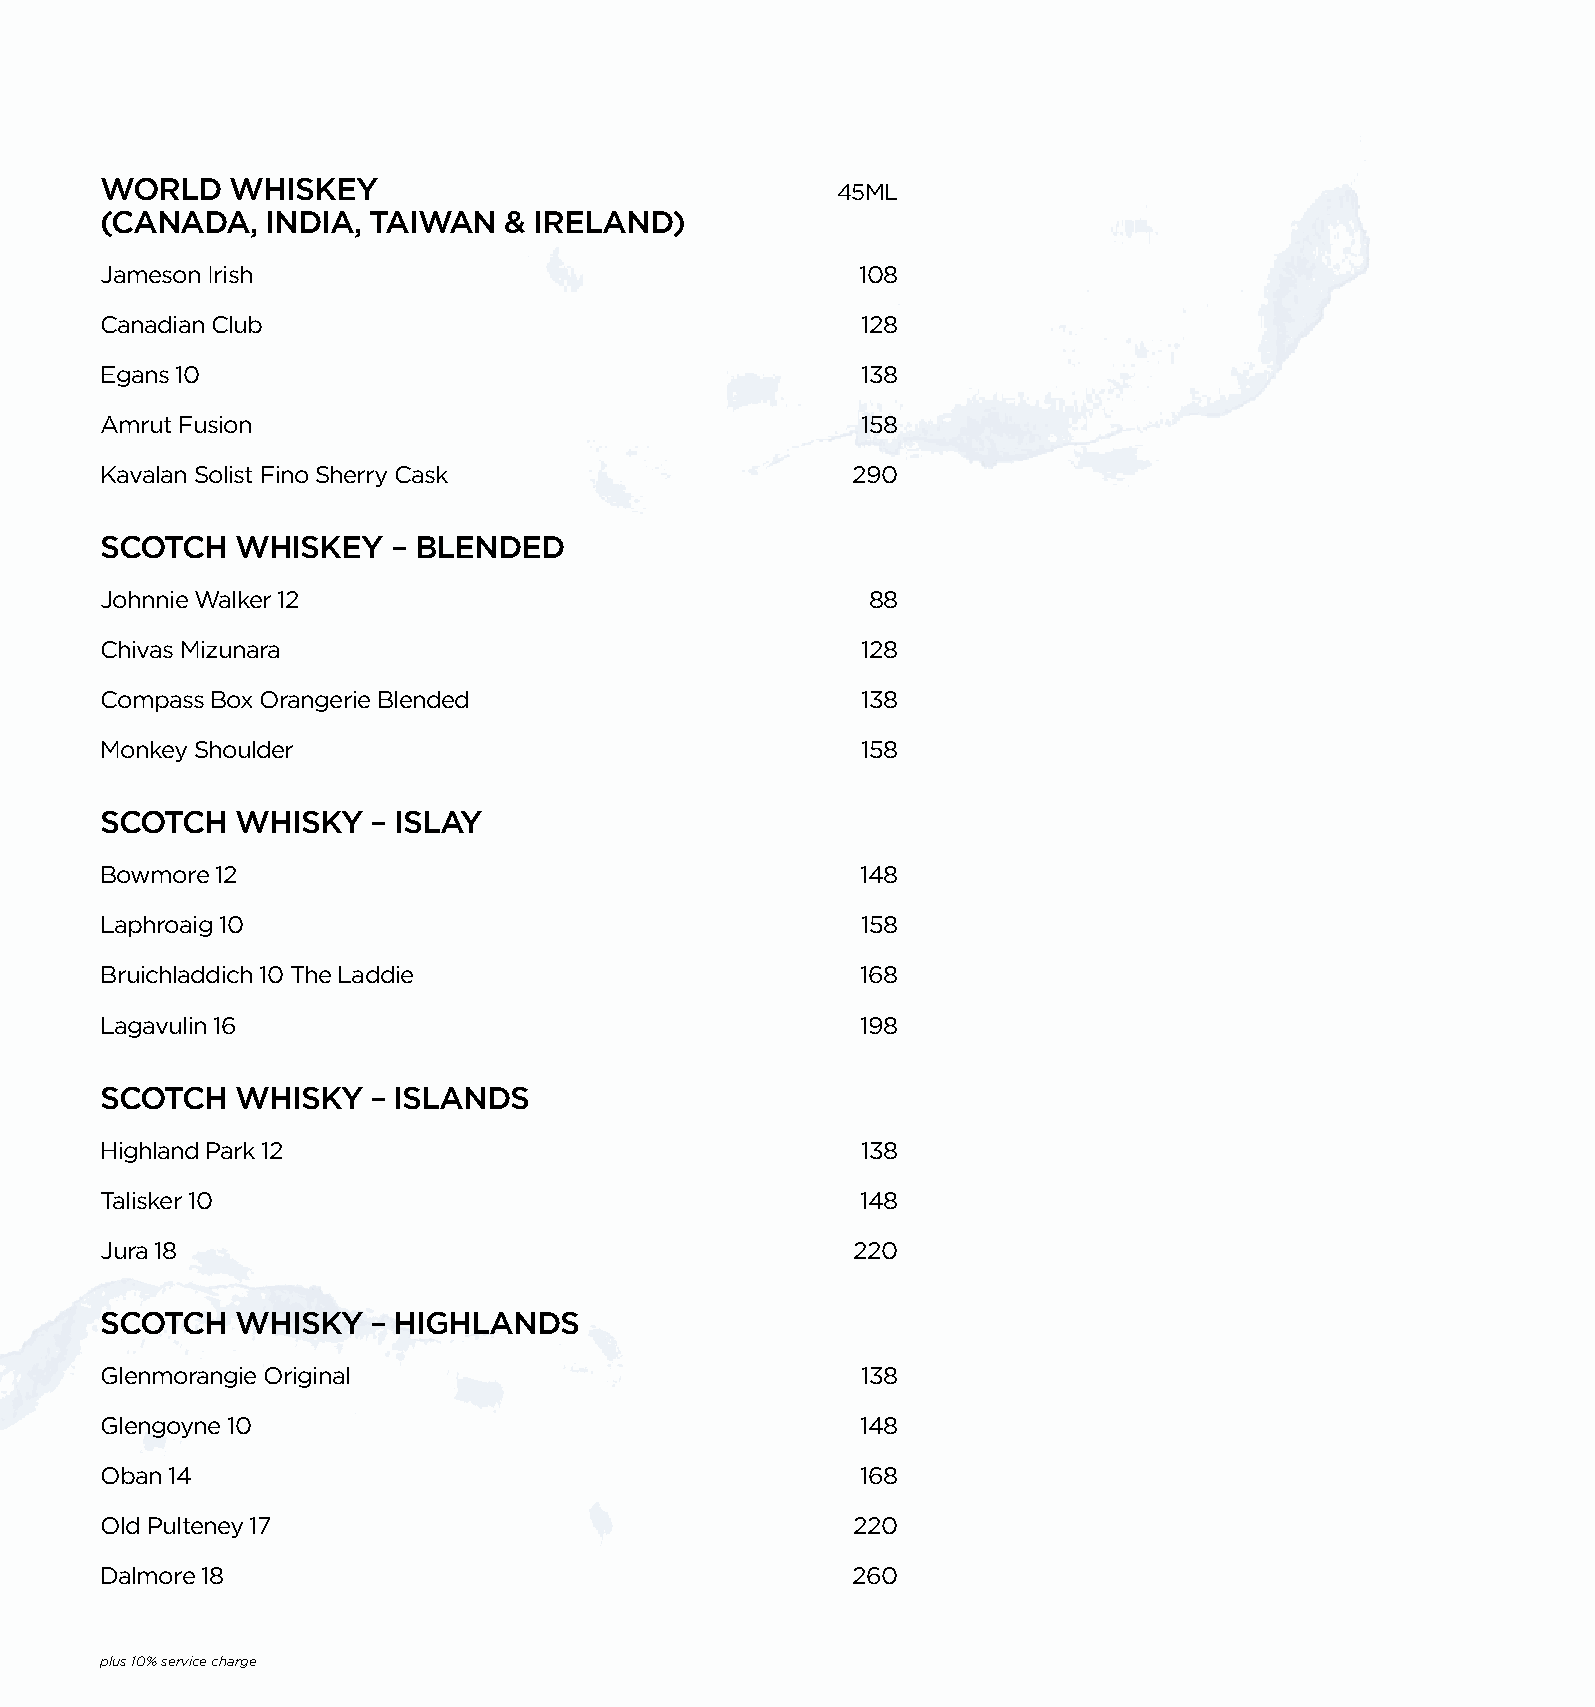
WORLD   WHISKEY
 45ML
 (CANADA,   INDIA, TAIWAN  & IRELAND)
 Jameson Irish                                     108
 Canadian Club                                     128
 Egans 10                                          138
 Amrut Fusion                                      158
 Kavalan Solist Fino Sherry Cask                  290
 SCOTCH   WHISKEY   – BLENDED
 Johnnie Walker 12                                 88
 Chivas Mizunara                                   128
 Compass Box Orangerie Blended                     138
 Monkey Shoulder                                   158
 SCOTCH   WHISKY  – ISLAY
 Bowmore 12                                        148
 Laphroaig 10                                      158
 Bruichladdich 10 The Laddie                       168
 Lagavulin 16                                      198
 SCOTCH   WHISKY  – ISLANDS
 Highland Park 12                                  138
 Talisker 10                                       148
 Jura 18                                           220
 SCOTCH   WHISKY  – HIGHLANDS
 Glenmorangie Original                             138
 Glengoyne 10                                      148
 Oban 14                                           168
 Old Pulteney 17                                   220
 Dalmore 18                                       260
 plus 10% service charge